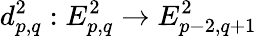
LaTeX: d_{p,q}^{2}:E_{p,q}^{2}\to E_{p-2,q+1}^{2}